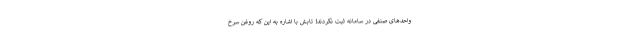
واحدهای صنفی در سامانه ثبت نکردند! تابش با اشاره به این که روغن سرخ